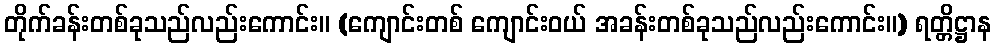
တိုက်ခန်းတစ်ခုသည်လည်းကောင်း။ (ကျောင်းတစ် ကျောင်းဝယ် အခန်းတစ်ခုသည်လည်းကောင်း။) ရတ္တိဋ္ဌာန